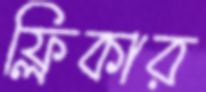
ফ্লিকার